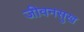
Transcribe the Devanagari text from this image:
जीवनसुख